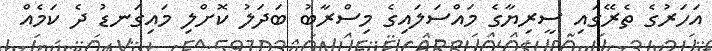
އަހަރުގެ ތެރޭގައި ސީރިޔާގެ މައްސަލައިގެ މިސްރާބު ބަދަލު ކޮށްލި މައިގަނޑު ދެ ކަމެއް